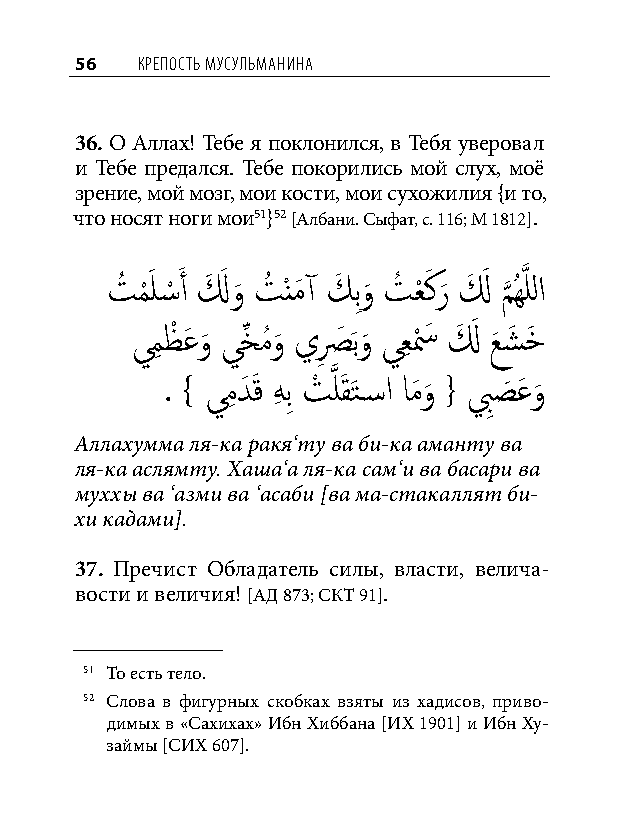
56  КреПость мусульманина
 36. О Аллах! Тебе я поклонился, в Тебя уверовал
 и Тебе предался. Тебе покорились мой слух, моё
 зрение, мой мозг, мои кости, мои сухожилия {и то,
 что носят ноги мои51}52 [Албани. Сыфат, с. 116; М 1812].
 تُ م
 ْ
 َ ل�ْ َ أ لَ َ و
 َ
 تُ ْنمَ آ كَ بِو
 َ
 تُ عْ كَ ر
 َ
 لَ َ م
 َّذ
 ُهَّذ للا
 يمِ ظْ عَ و
 َ
 يخِّ مُو
 َ
 يصِ َ َبو
 َ
 يعِ سْ َ لَ َ عَ شَ خَ
 . } يمِ دَ َق هِ بِ تْ َّذ لَقَتس�ا امَو
 َ
 { بِصَ عَ و
 َ
 Аллахумма ля-ка ракя‘ту ва би-ка аманту ва
 ля-ка аслямту. Хаша‘а ля-ка сам‘и ва басари ва
 муххы ва ‘азми ва ‘асаби [ва ма-стакаллят би-
 хи кадами].
 37. Пречист Обладатель силы, власти, велича-
 вости и величия! [АД 873; СКТ 91].
 51 То есть тело.
 52 Слова в фигурных скобках взяты из хадисов, приво-
 димых в «Сахихах» Ибн Хиббана [ИХ 1901] и Ибн Ху-
 займы [СИХ 607].